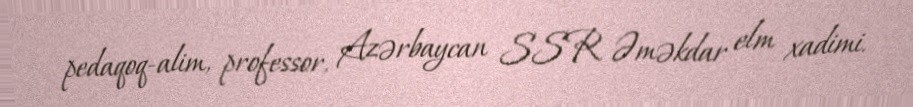
pedaqoq-alim, professor, Azərbaycan SSR Əməkdar elm xadimi.